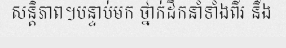
សន្តិភាព។បន្ទាប់មក ថ្នាក់ដឹកនាំទាំងពីរ នឹង